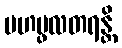
မဟပ္ဖလတရန္တိ